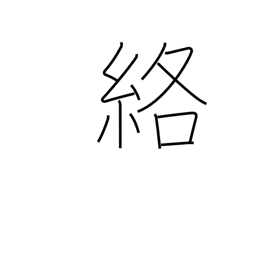
Meaning: get caught in